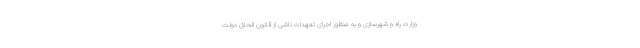
وزارت راه و شهرسازی و به منظور اجرای تعهدات ناشی از قانون الحاق دولت